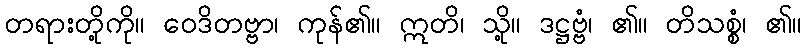
တရားတို့ကို။ ဝေဒိတဗ္ဗာ၊ ကုန်၏။ ဣတိ၊ သို့။ ဒဋ္ဌဗ္ဗံ၊ ၏။ တိသစ္စံ၊ ၏။